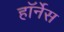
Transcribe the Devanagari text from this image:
हॉर्नेस